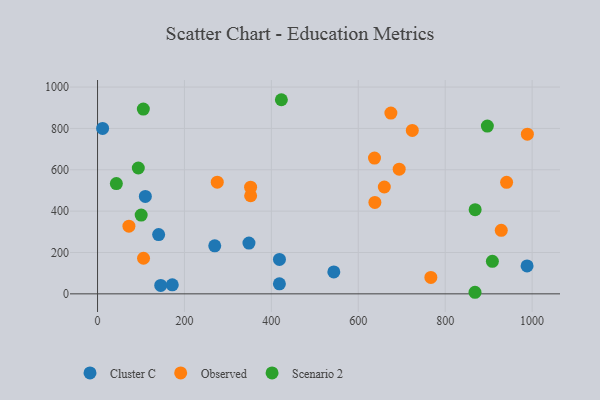
{"axis": {"x": "Study Hours", "y": "Salary"}, "legend": ["Cluster C", "Observed", "Scenario 2"], "data": [{"x": "140.6", "y": 286.5, "type": "Cluster C"}, {"x": "543.7", "y": 105.8, "type": "Cluster C"}, {"x": "172.0", "y": 43.7, "type": "Cluster C"}, {"x": "988.4", "y": 135.1, "type": "Cluster C"}, {"x": "348.4", "y": 245.4, "type": "Cluster C"}, {"x": "269.7", "y": 232.4, "type": "Cluster C"}, {"x": "145.4", "y": 40.7, "type": "Cluster C"}, {"x": "418.5", "y": 48.6, "type": "Cluster C"}, {"x": "110.0", "y": 471.1, "type": "Cluster C"}, {"x": "11.7", "y": 799.9, "type": "Cluster C"}, {"x": "418.6", "y": 166.5, "type": "Cluster C"}, {"x": "929.0", "y": 307.2, "type": "Observed"}, {"x": "275.5", "y": 539.9, "type": "Observed"}, {"x": "989.1", "y": 772.1, "type": "Observed"}, {"x": "724.3", "y": 790.4, "type": "Observed"}, {"x": "694.1", "y": 602.7, "type": "Observed"}, {"x": "637.3", "y": 656.3, "type": "Observed"}, {"x": "72.2", "y": 327.3, "type": "Observed"}, {"x": "767.0", "y": 79.6, "type": "Observed"}, {"x": "638.2", "y": 441.9, "type": "Observed"}, {"x": "675.0", "y": 874.1, "type": "Observed"}, {"x": "659.9", "y": 516.6, "type": "Observed"}, {"x": "352.3", "y": 474.4, "type": "Observed"}, {"x": "105.8", "y": 172.1, "type": "Observed"}, {"x": "941.3", "y": 539.5, "type": "Observed"}, {"x": "352.2", "y": 515.6, "type": "Observed"}, {"x": "868.9", "y": 407.2, "type": "Scenario 2"}, {"x": "423.0", "y": 938.7, "type": "Scenario 2"}, {"x": "93.8", "y": 608.6, "type": "Scenario 2"}, {"x": "908.6", "y": 157.5, "type": "Scenario 2"}, {"x": "897.0", "y": 811.4, "type": "Scenario 2"}, {"x": "100.4", "y": 381.1, "type": "Scenario 2"}, {"x": "43.3", "y": 533.0, "type": "Scenario 2"}, {"x": "868.6", "y": 7.6, "type": "Scenario 2"}, {"x": "105.4", "y": 893.6, "type": "Scenario 2"}]}